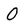
Character: 0